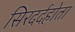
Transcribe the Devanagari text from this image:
सिरदर्दहोता